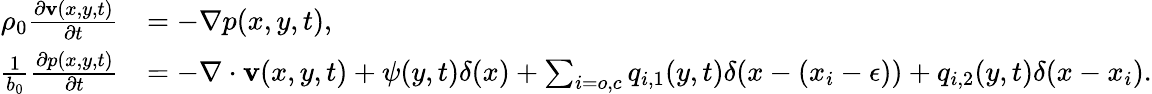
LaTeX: \begin{array}{rl}{\rho_{0}\frac{\partial\textbf{v}(x,y,t)}{\partial t}}&{=-\nabla p(x,y,t),}\\ {\frac{1}{b_{0}}\frac{\partial p(x,y,t)}{\partial t}}&{=-\nabla\cdot\textbf{v}(x,y,t)+\psi(y,t)\delta(x)+\sum_{i=o,c}{q_{i,1}(y,t)\delta(x-(x_{i}-\epsilon))+q_{i,2}(y,t)\delta(x-x_{i})}.}\end{array}